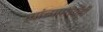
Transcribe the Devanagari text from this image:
त्यांच्यामध्येंही